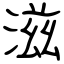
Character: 滋